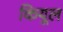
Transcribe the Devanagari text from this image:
कियूल